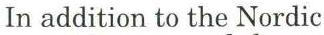
In addition to the Nordic